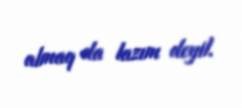
almaq da lazım deyil.